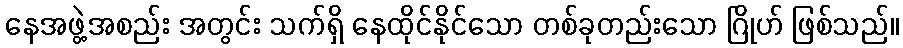
နေအဖွဲ့အစည်း အတွင်း သက်ရှိ နေထိုင်နိုင်သော တစ်ခုတည်းသော ဂြိုဟ် ဖြစ်သည်။